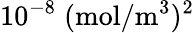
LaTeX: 10^{-8}\; (\mathrm{mol}/\mathrm{m^{3}})^{2}